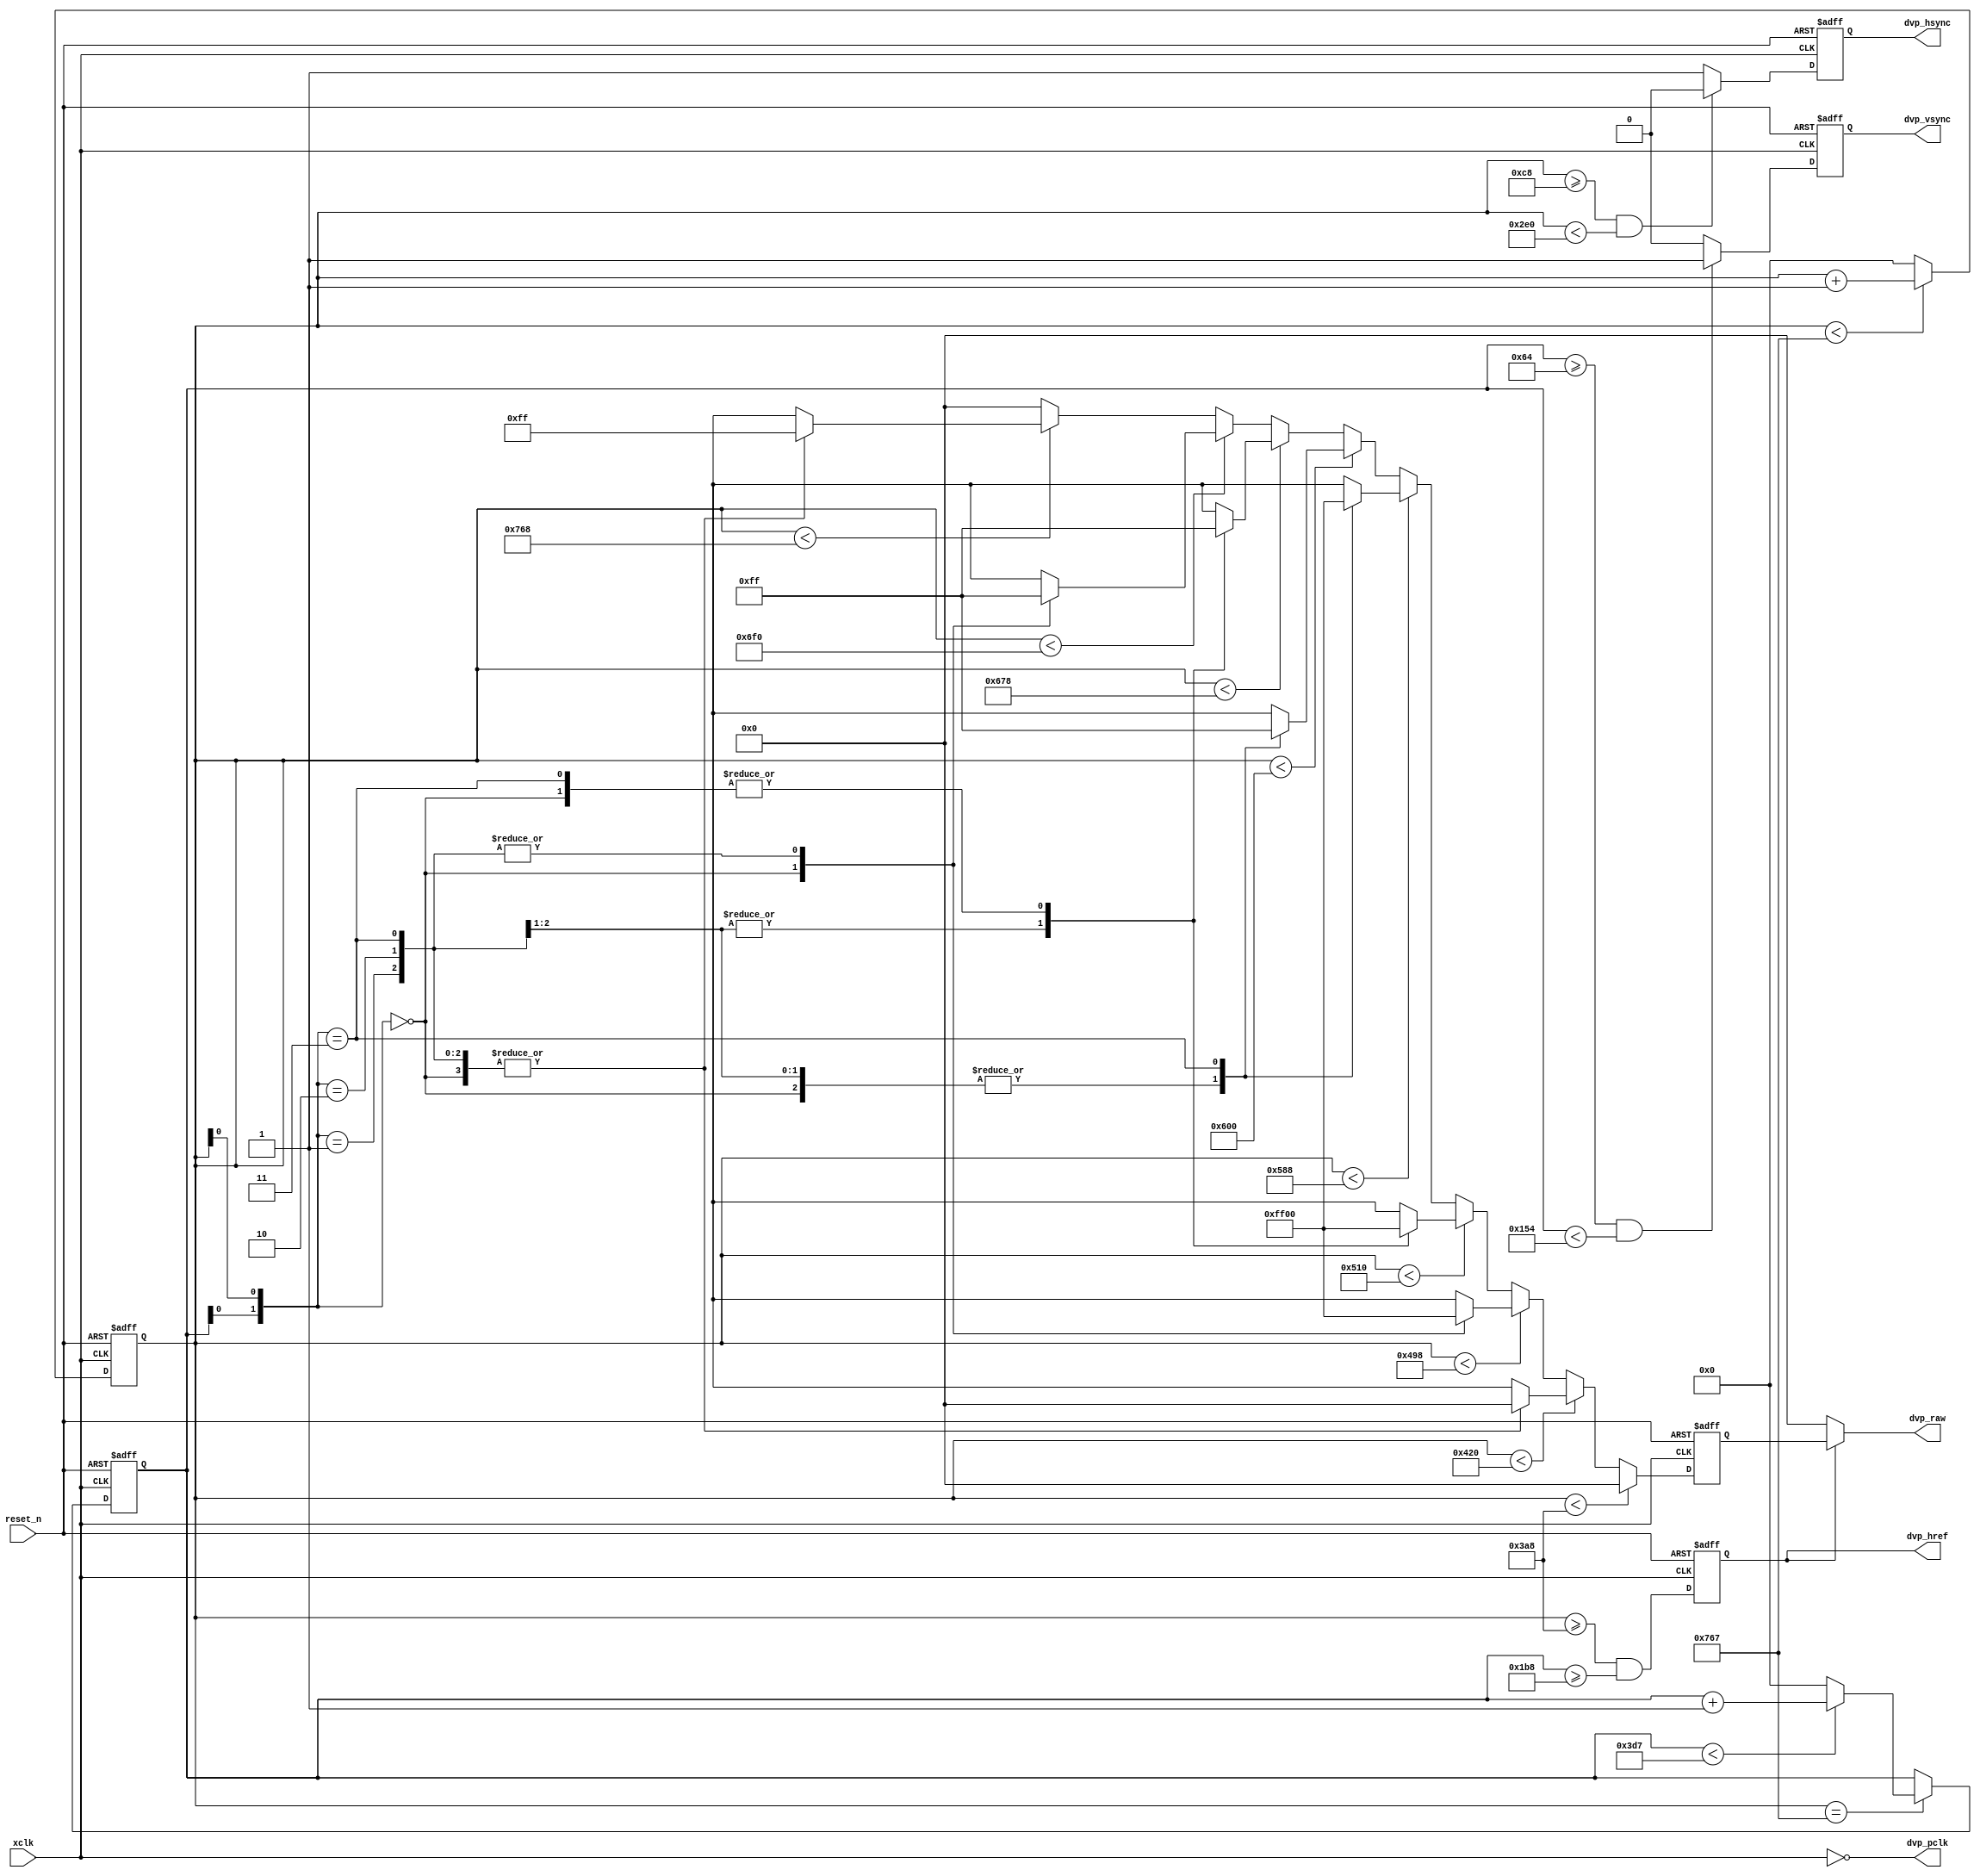

`define DVP_RAW_960x544_30_56MHz

module dvp_raw_timing_colorbar
(
	xclk,
	reset_n,
	
	dvp_pclk,
	dvp_href,
	dvp_hsync,
	dvp_vsync,
	dvp_raw
);

	parameter BITS = 8;
	parameter BAYER = 0; //0:BGGR 1:GBRG 2:GRBG 3:RGGB

`ifdef DVP_RAW_1280x960_30_56MHz
	parameter H_FRONT = 16'd100;
	parameter H_PULSE = 16'd416;
	parameter H_BACK = 16'd100;
	parameter H_DISP = 16'd1280;
	parameter V_FRONT = 16'd2;
	parameter V_PULSE = 16'd20;
	parameter V_BACK = 16'd2;
	parameter V_DISP = 16'd960;
	parameter H_POL = 1'b0;
	parameter V_POL = 1'b1;
`endif
`ifdef DVP_RAW_960x544_30_56MHz
	parameter H_FRONT = 16'd200;
	parameter H_PULSE = 16'd536;
	parameter H_BACK = 16'd200;
	parameter H_DISP = 16'd960;
	parameter V_FRONT = 16'd100;
	parameter V_PULSE = 16'd240;
	parameter V_BACK = 16'd100;
	parameter V_DISP = 16'd544;
	parameter H_POL = 1'b0;
	parameter V_POL = 1'b1;
`endif

	localparam H_TOTAL = H_FRONT + H_PULSE + H_BACK + H_DISP;
	localparam V_TOTAL = V_FRONT + V_PULSE + V_BACK + V_DISP;

	input xclk;
	input reset_n;
	output dvp_pclk;
	output reg dvp_href;
	output reg dvp_hsync;
	output reg dvp_vsync;
	output [BITS-1:0] dvp_raw;

	reg [15:0] pix_cnt;
	always @ (posedge xclk or negedge reset_n) begin
		if (!reset_n)
			pix_cnt <= 0;
		else if (pix_cnt < H_TOTAL - 1'b1)
			pix_cnt <= pix_cnt + 1'b1;
		else
			pix_cnt <= 0;
	end

	reg [15:0] line_cnt;
	always @ (posedge xclk or negedge reset_n) begin
		if (!reset_n)
			line_cnt <= 0;
		else if (pix_cnt == H_TOTAL - 1'b1) begin
			if (line_cnt < V_TOTAL - 1'b1)
				line_cnt <= line_cnt + 1'b1;
			else
				line_cnt <= 0;
		end
		else
			line_cnt <= line_cnt;
	end


	reg [BITS-1:0] raw_data;
	always @ (posedge xclk or negedge reset_n) begin
		if (!reset_n)
			raw_data <= 0;
		else if (pix_cnt < H_FRONT + H_PULSE + H_BACK)
			raw_data <= 0;
		else if (pix_cnt < H_FRONT + H_PULSE + H_BACK + H_DISP * 1 / 8)
			raw_data <= color2raw({BITS{1'b0}}, {BITS{1'b0}}, {BITS{1'b0}}, line_cnt[0], pix_cnt[0]);
		else if (pix_cnt < H_FRONT + H_PULSE + H_BACK + H_DISP * 2 / 8)
			raw_data <= color2raw({BITS{1'b0}}, {BITS{1'b0}}, {BITS{1'b1}}, line_cnt[0], pix_cnt[0]);
		else if (pix_cnt < H_FRONT + H_PULSE + H_BACK + H_DISP * 3 / 8)
			raw_data <= color2raw({BITS{1'b0}}, {BITS{1'b1}}, {BITS{1'b0}}, line_cnt[0], pix_cnt[0]);
		else if (pix_cnt < H_FRONT + H_PULSE + H_BACK + H_DISP * 4 / 8)
			raw_data <= color2raw({BITS{1'b0}}, {BITS{1'b1}}, {BITS{1'b1}}, line_cnt[0], pix_cnt[0]);
		else if (pix_cnt < H_FRONT + H_PULSE + H_BACK + H_DISP * 5 / 8)
			raw_data <= color2raw({BITS{1'b1}}, {BITS{1'b0}}, {BITS{1'b0}}, line_cnt[0], pix_cnt[0]);
		else if (pix_cnt < H_FRONT + H_PULSE + H_BACK + H_DISP * 6 / 8)
			raw_data <= color2raw({BITS{1'b1}}, {BITS{1'b0}}, {BITS{1'b1}}, line_cnt[0], pix_cnt[0]);
		else if (pix_cnt < H_FRONT + H_PULSE + H_BACK + H_DISP * 7 / 8)
			raw_data <= color2raw({BITS{1'b1}}, {BITS{1'b1}}, {BITS{1'b0}}, line_cnt[0], pix_cnt[0]);
		else if (pix_cnt < H_FRONT + H_PULSE + H_BACK + H_DISP * 8 / 8)
			raw_data <= color2raw({BITS{1'b1}}, {BITS{1'b1}}, {BITS{1'b1}}, line_cnt[0], pix_cnt[0]);
		else
			raw_data <= 0;
	end

	always @(posedge xclk or negedge reset_n) begin
		if (!reset_n) begin
			dvp_href <= 0;
			dvp_hsync <= ~H_POL;
			dvp_vsync <= ~V_POL;
		end
		else begin
			dvp_href <= pix_cnt >= H_FRONT + H_PULSE + H_BACK && line_cnt >= V_FRONT + V_PULSE + V_BACK;
			dvp_hsync <= (pix_cnt >= H_FRONT && pix_cnt < H_FRONT + H_PULSE) ? H_POL : ~H_POL;
			dvp_vsync <= (line_cnt >= V_FRONT && line_cnt < V_FRONT + V_PULSE) ? V_POL : ~V_POL;
		end
	end

	assign dvp_pclk = ~xclk;
	assign dvp_raw = dvp_href ? raw_data : {BITS{1'b0}};
	
	function [BITS-1:0] color2raw;
		input [BITS-1:0] r, g, b;
		input odd_line, odd_pix;
		begin
			case ({BAYER[1:0],odd_line,odd_pix})
				{2'd0,2'b00}: color2raw = b;
				{2'd0,2'b01}: color2raw = g;
				{2'd0,2'b10}: color2raw = g;
				{2'd0,2'b11}: color2raw = r;
				{2'd1,2'b00}: color2raw = g;
				{2'd1,2'b01}: color2raw = b;
				{2'd1,2'b10}: color2raw = r;
				{2'd1,2'b11}: color2raw = g;
				{2'd2,2'b00}: color2raw = g;
				{2'd2,2'b01}: color2raw = r;
				{2'd2,2'b10}: color2raw = b;
				{2'd2,2'b11}: color2raw = g;
				{2'd3,2'b00}: color2raw = r;
				{2'd3,2'b01}: color2raw = g;
				{2'd3,2'b10}: color2raw = g;
				{2'd3,2'b11}: color2raw = b;
				default: color2raw = 0;
			endcase
		end
	endfunction
endmodule